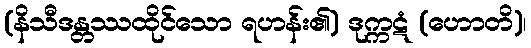
(နိသီဒန္တဿထိုင်သော ရဟန်း၏) ဒုက္ကဋံ (ဟောတိ)၊